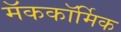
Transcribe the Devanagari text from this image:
मॅककॉर्मिक